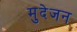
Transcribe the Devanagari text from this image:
मुदेजन